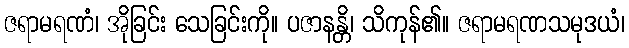
ဇရာမရဏံ၊ အိုခြင်း သေခြင်းကို။ ပဇာနန္တိ၊ သိကုန်၏။ ဇရာမရဏသမုဒယံ၊